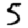
Digit: 5